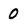
Character: 0